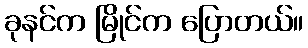
ခုနင်က မြိုင်က ပြောတယ်။